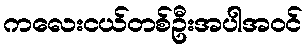
ကလေးငယ်တစ်ဦးအပါအဝင်